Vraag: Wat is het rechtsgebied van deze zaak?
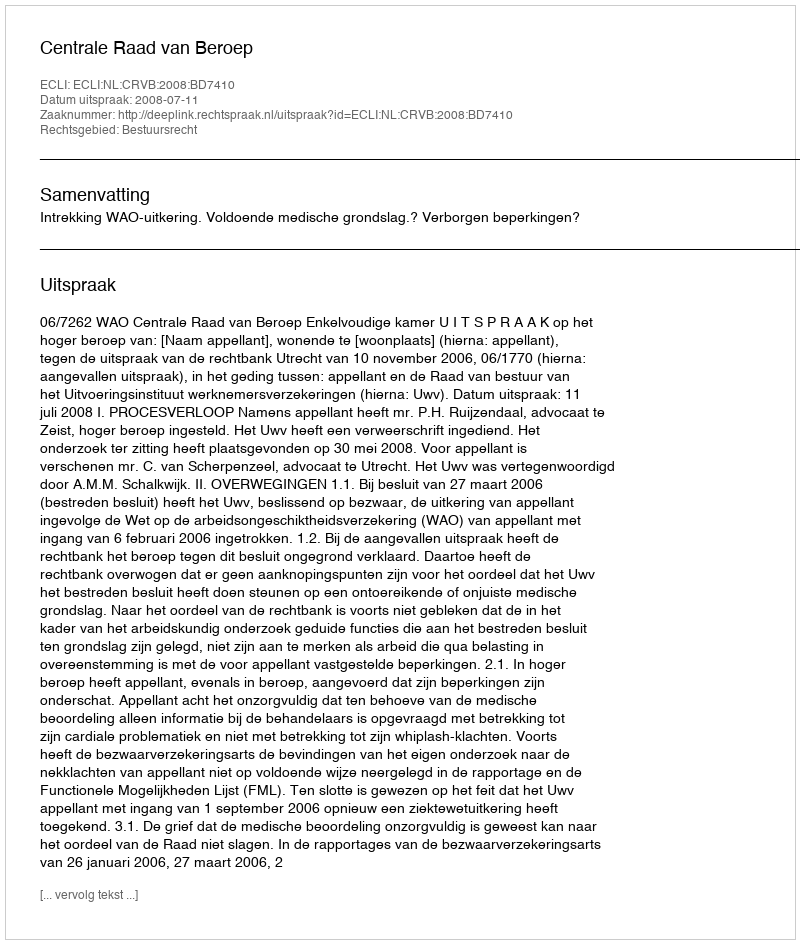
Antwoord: Bestuursrecht